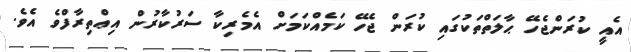
އެއީ ކުރަންޖެހޭ ޙާލަތްތަކުގައި ކުރަން ޖެހޭ ކަމެއްކަމަށް އެމެރިކާ ސަރުކާރުން އިޢްތިރާފްވެ އެވެ.